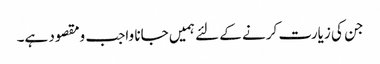
جن کی زیارت کرنے کے لئے ہمیں جانا واجب ومقصود ہے۔